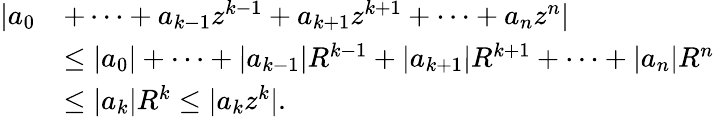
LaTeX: {\begin{array}{rl}{|a_{0}}&{+\cdots+a_{k-1}z^{k-1}+a_{k+1}z^{k+1}+\cdots+a_{n}z^{n}|}\\ &{\leq|a_{0}|+\cdots+|a_{k-1}|R^{k-1}+|a_{k+1}|R^{k+1}+\cdots+|a_{n}|R^{n}}\\ &{\leq|a_{k}|R^{k}\leq|a_{k}z^{k}|.}\end{array}}